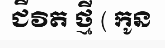
ជីវិត ថ្មី ( កូន